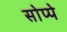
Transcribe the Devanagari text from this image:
सोप्पे